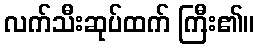
လက်သီးဆုပ်ထက် ကြီး၏။